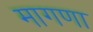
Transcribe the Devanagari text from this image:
मागणा